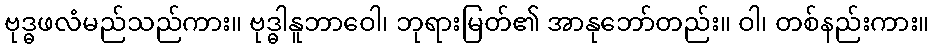
ဗုဒ္ဓဖလံမည်သည်ကား။ ဗုဒ္ဓါနူဘာဝေါ၊ ဘုရားမြတ်၏ အာနုဘော်တည်း။ ဝါ၊ တစ်နည်းကား။